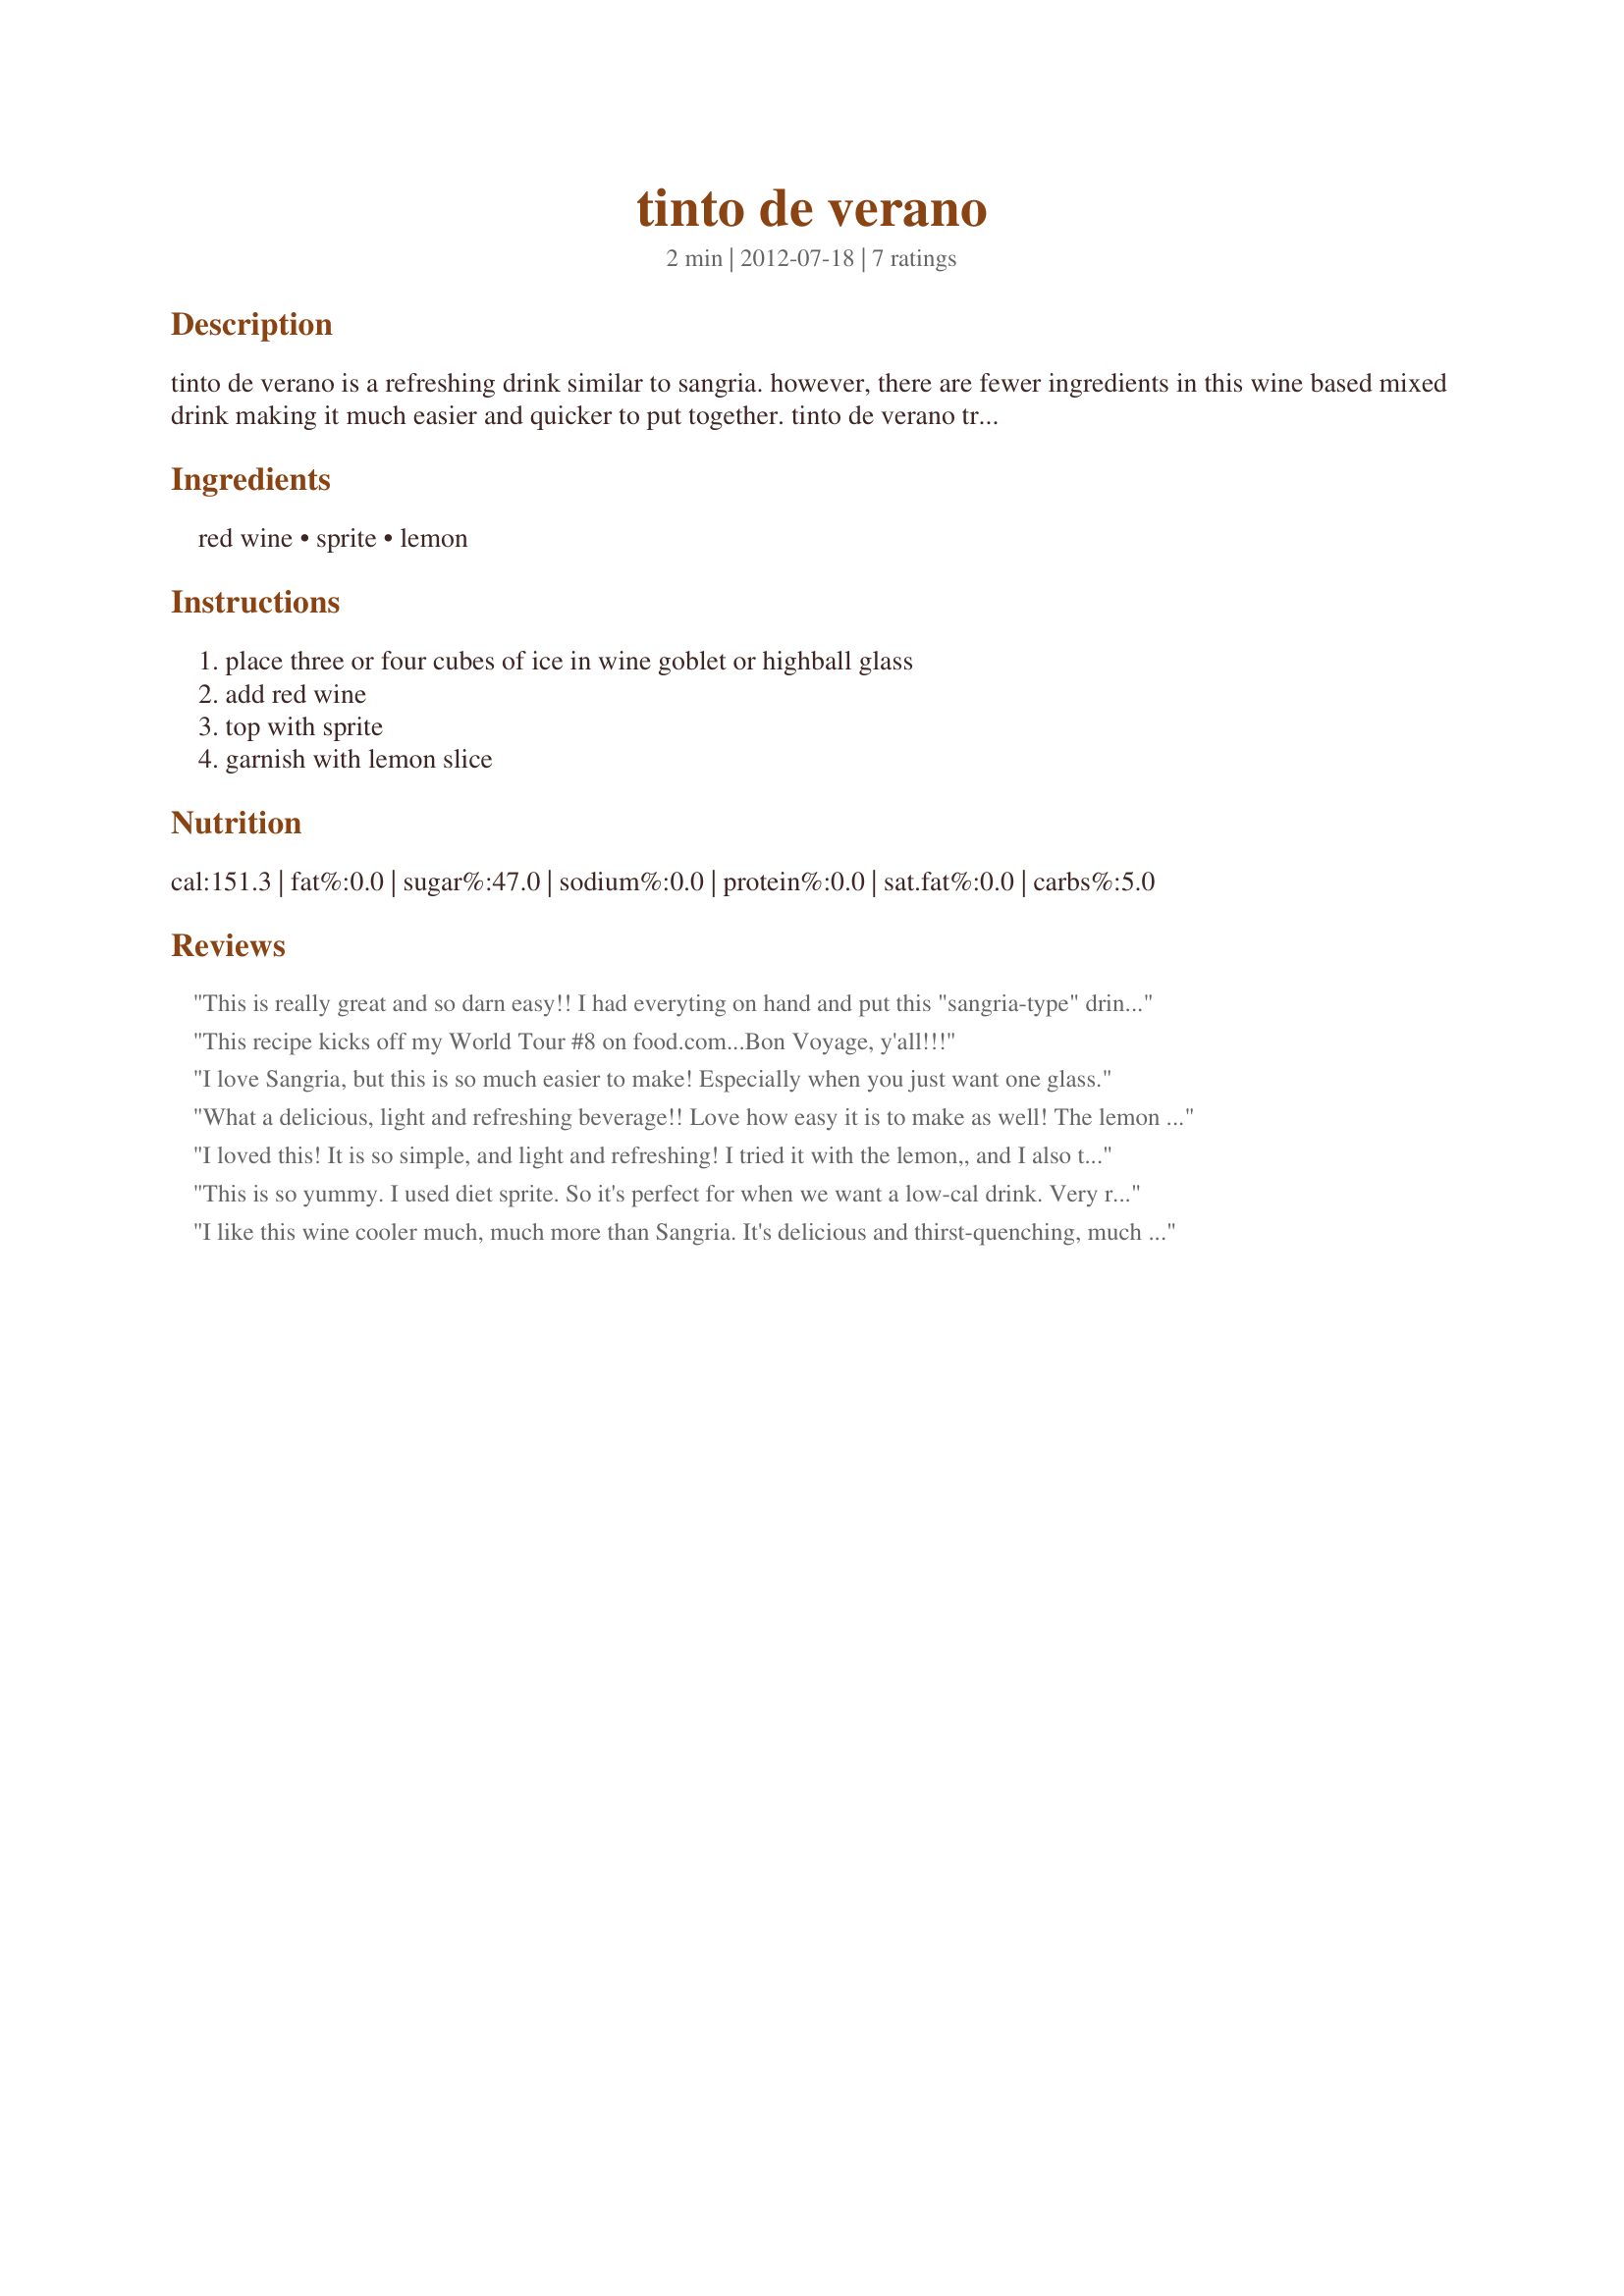
tinto de verano
Preparation time: 2 minutes

tinto de verano is a refreshing drink similar to sangria. however, there are fewer ingredients in this wine based mixed drink making it much easier and quicker to put together. tinto de verano translates to red wine of summer. in some regions of spain it is common for locals to drink tinto de verano while tourists drink sangria.

Ingredients:
red wine, sprite, lemon

Steps:
place three or four cubes of ice in wine goblet or highball glass, add red wine, top with sprite, garnish with lemon slice

Reviews:
This is really great and so darn easy!! I had everyting on hand and put this "sangria-type" drink together quickly. So much easier than making sangria and it really tastes great. Thank you so much for posting this little gem. Made for ZWT8 Spain/Portugal.
This recipe kicks off my World Tour #8 on food.com...Bon Voyage, y'all!!!
I love Sangria, but this is so much easier to make! Especially when you just want one glass.
What a delicious, light and refreshing beverage!! Love how easy it is to make as well! The lemon really lifts the wine, love this!
I loved this! It is so simple, and light and refreshing! I tried it with the lemon,, and I also tried it with a squeeze of orange and that is really good too. This one is a real winner. Made for ZWT 8 Family Picks
This is so yummy. I used diet sprite. So it's perfect for when we want a low-cal drink. Very refreshing. I feel like I'm going to have a few while traveling with my teammates of Diners, Winers and Chives. Made for ZWT8
I like this wine cooler much, much more than Sangria. It's delicious and thirst-quenching, much less likely to cause a hangover (oh did I say that?). I used the Lemon-Lime Soda-stream flavor for the Sprite. I thought the Spanish Tentacion 2009 Monastrell was good as a house wine, and perfect for this cooler. Made for THE WILD BUNCH of ZWT8 on our visit to Spain and Portugal.
